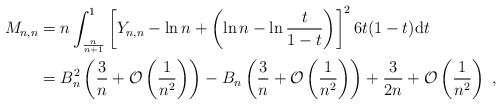
\begin{align*}M_{n,n}&= n \int_{\frac{n}{n+1}}^1 \left[Y_{n,n}-\ln n+\left(\ln n-\ln\frac{t}{1-t}\right)\right]^2 6t(1-t)\mathrm{d}t\\&=B_n^2\left(\frac{3}{n}+{\mathcal O}\left(\frac{1}{n^2}\right)\right)-B_n\left(\frac{3}{n}+{\mathcal O}\left(\frac{1}{n^2}\right)\right) +\frac{3}{2n}+{\mathcal O}\left(\frac{1}{n^2}\right)\ ,\end{align*}